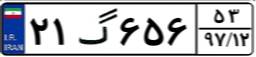
۶۴گ۸۵۸۳۴